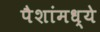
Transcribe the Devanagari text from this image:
पैशांमध्ये